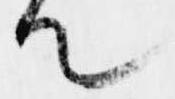
て